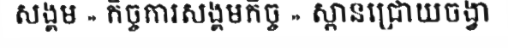
សង្គម » កិច្ចការសង្គមកិច្ច » ស្ពានជ្រោយចង្វា